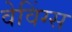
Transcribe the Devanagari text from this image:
वेविंग्स